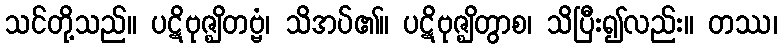
သင်တို့သည်။ ပဋိဗုဇ္ဈိတဗ္ဗံ၊ သိအပ်၏။ ပဋိဗုဇ္ဈိတွာစ၊ သိပြီး၍လည်း။ တဿ၊